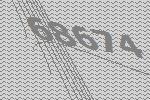
68674